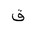
Letter: _qaf